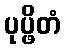
ပုပ္ဖိတံ